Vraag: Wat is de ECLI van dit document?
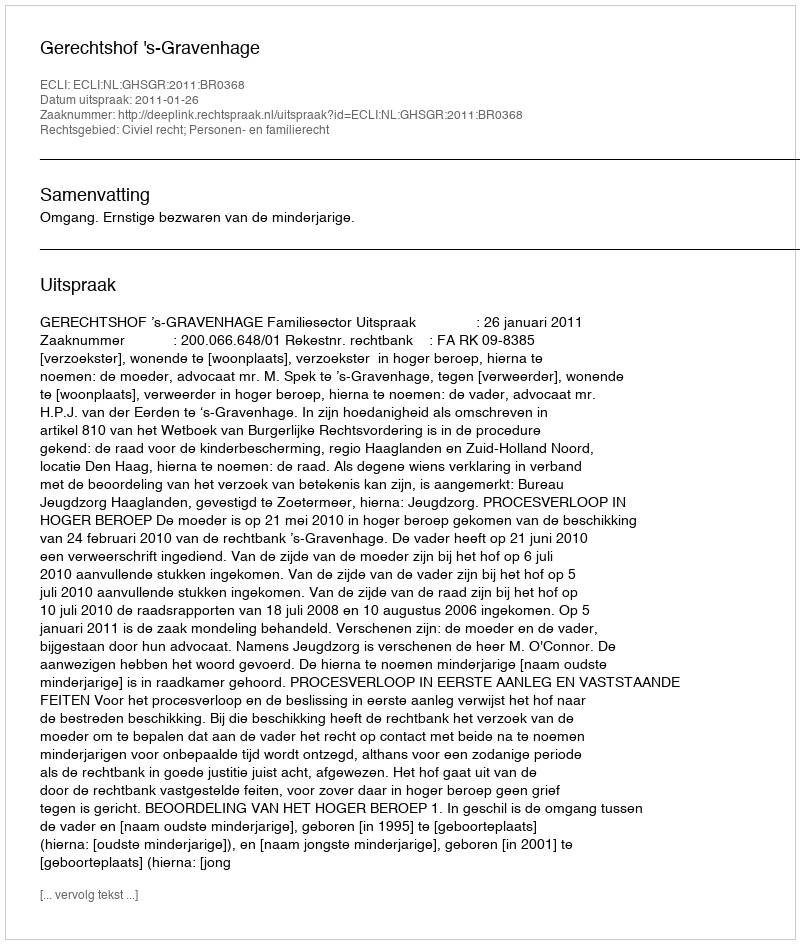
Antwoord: ECLI:NL:GHSGR:2011:BR0368